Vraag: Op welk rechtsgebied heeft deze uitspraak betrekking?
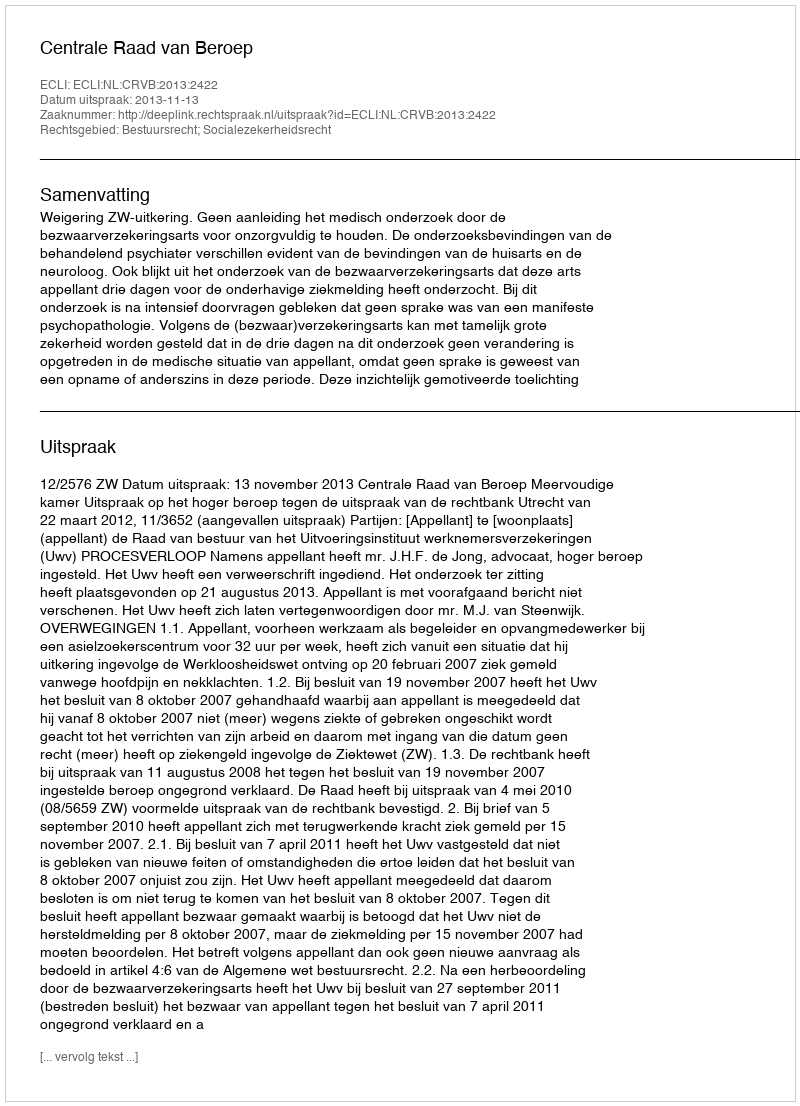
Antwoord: Bestuursrecht; Socialezekerheidsrecht